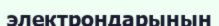
электрондарынын